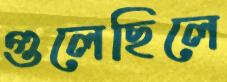
গুলেছিলে